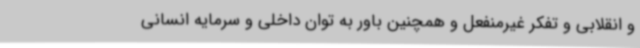
و انقلابی و تفکر غیرمنفعل و همچنین باور به توان داخلی و سرمایه انسانی